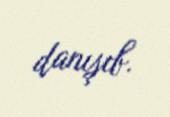
danışıb.